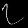
Digit: ၇